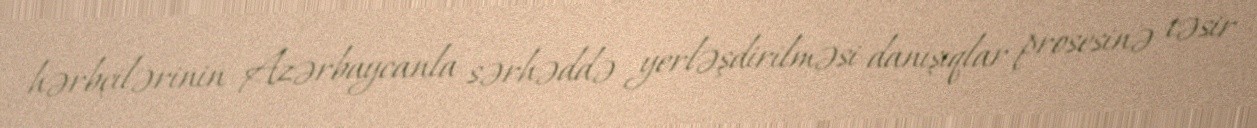
hərbçilərinin Azərbaycanla sərhəddə yerləşdirilməsi danışıqlar prosesinə təsir